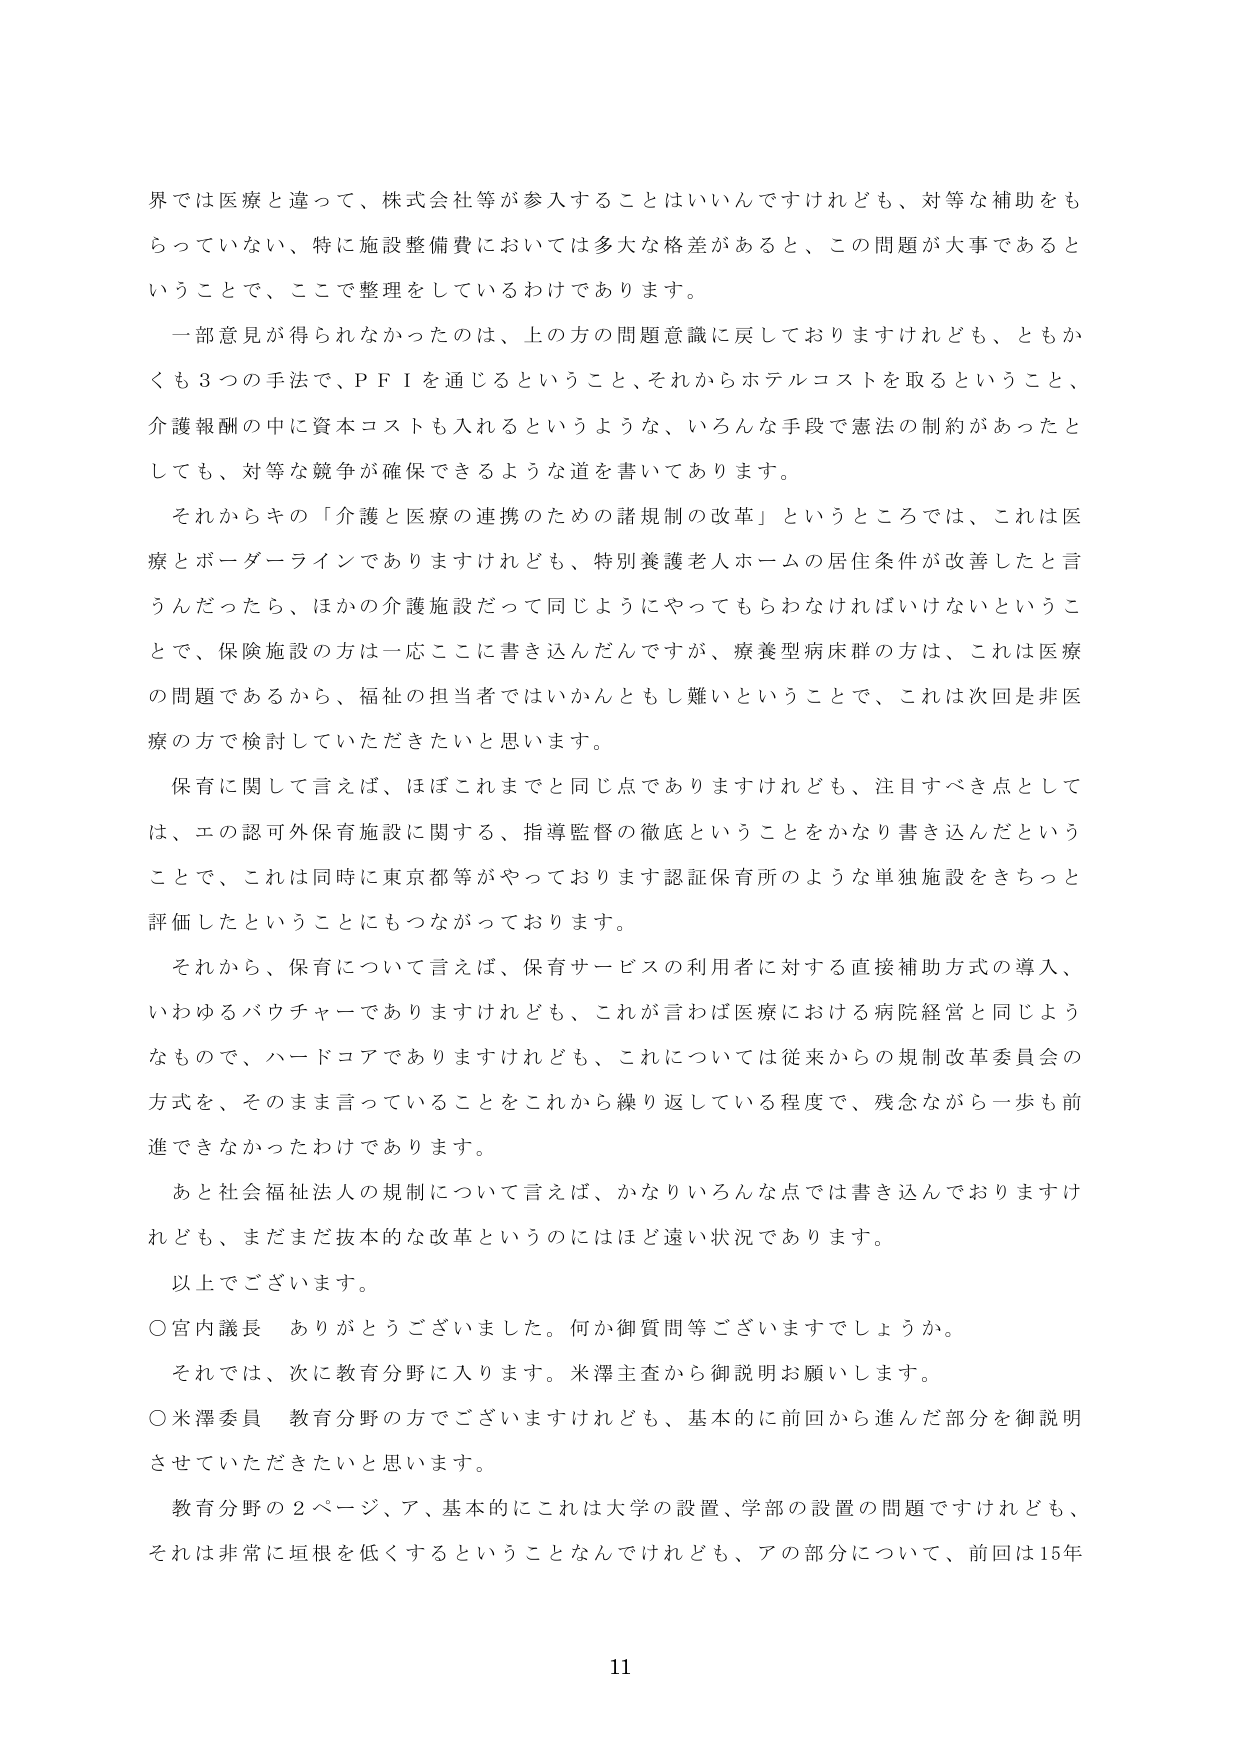
界では医療と違って、株式会社等が参入することはいいんですけれども、対等な補助をもらっていない、特に施設整備費においては多大な格差があると、この問題が大事であるということで、ここで整理をしているわけであります。

一部意見が得られなかったのは、上の方の問題意識に戻しておりますけれども、ともかくも３つの手法で、ＰＦＩを通じるということ、それからホテルコストを取るということ、介護報酬の中に資本コストも入れるというような、いろんな手段で憲法の制約があったとしても、対等な競争が確保できるような道を書いてあります。

それからキの「介護と医療の連携のための諸規制の改革」というところでは、これは医療とボーダーラインでありますけれども、特別養護老人ホームの居住条件が改善したと言うんだったら、ほかの介護施設だって同じようにやってもらわなければいけないということで、保険施設の方は一応ここに書き込んだんですが、療養型病床群の方は、これは医療の問題であるから、福祉の担当者ではいかんともし難いということで、これは次回是非医療の方で検討していただきたいと思います。

保育に関して言えば、ほぼこれまでと同じ点でありますけれども、注目すべき点としては、エの認可外保育施設に関する、指導監督の徹底ということをかなり書き込んだということで、これは同時に東京都等がやっております認証保育所のような単独施設をきちっと評価したということにもつながっております。

それから、保育について言えば、保育サービスの利用者に対する直接補助方式の導入、いわゆるバウチャーでありますけれども、これが言わば医療における病院経営と同じようなもので、ハードコアでありますけれども、これについては従来からの規制改革委員会の方式を、そのまま言っていることをこれから繰り返している程度で、残念ながら一歩も前進できなかったわけであります。

あと社会福祉法人の規制について言えば、かなりいろんな点では書き込んでおりますけれども、まだまだ抜本的な改革というのにはほど遠い状況であります。

以上でございます。

○宮内議長　ありがとうございました。何か御質問等ございますでしょうか。

それでは、次に教育分野に入ります。米澤主査から御説明お願いします。

○米澤委員　教育分野の方でございますけれども、基本的に前回から進んだ部分を御説明させていただきたいと思います。

教育分野の２ページ、ア、基本的にこれは大学の設置、学部の設置の問題ですけれども、それは非常に垣根を低くするということなんですけれども、アの部分について、前回は15年

11